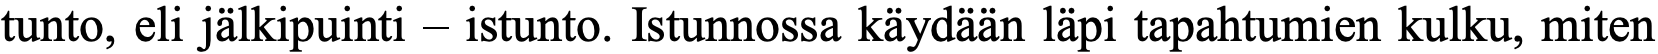
tunto, eli jälkipuinti – istunto. Istunnossa käydään läpi tapahtumien kulku, miten